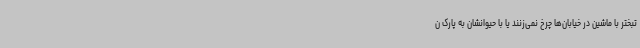
تبختر با ماشین در خیابان‌ها چرخ نمی‌زنند یا با حیوانشان به پارک ن